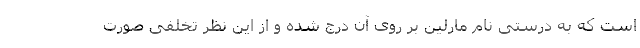
است که به درستی نام مارلین بر روی آن درج شده و از این نظر تخلفی صورت